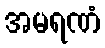
အမရဏံ